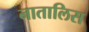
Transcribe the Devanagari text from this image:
नातालिस